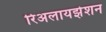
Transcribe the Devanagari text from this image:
रिअलायझेशन